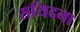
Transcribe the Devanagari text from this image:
सयिदना